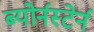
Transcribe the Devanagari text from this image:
ब्योर्नस्टेर्न